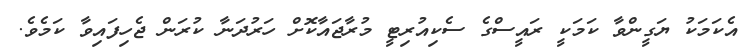
އެކަމަކު ޔަގީންވާ ކަމަކީ ރައީސްގެ ސެކިއުރިޓީ މުރާޖައާކޮށް ހަރުދަނާ ކުރަން ޖެހިފައިވާ ކަމެވެ.